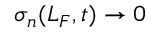
\sigma _ { n } ( L _ { F } , t ) \rightarrow 0